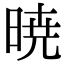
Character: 暁